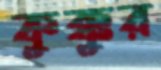
কুক্কুর